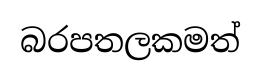
බරපතලකමත්